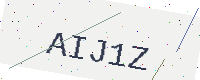
Text: AIJ1Z